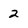
Character: 2